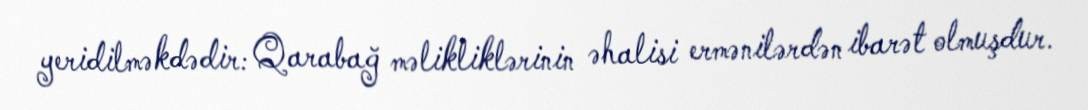
yeridilməkdədir: Qarabağ məlikliklərinin əhalisi ermənilərdən ibarət olmuşdur.